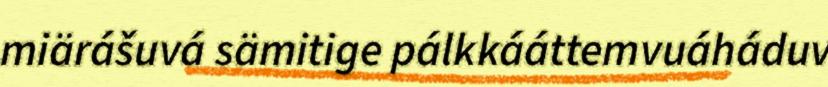
miärášuvá sämitige pálkkááttemvuáháduv